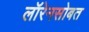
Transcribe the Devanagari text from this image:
लॉरेनसोबत